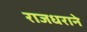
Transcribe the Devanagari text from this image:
राजधराने